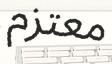
معتزم